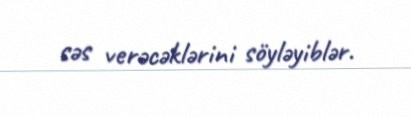
səs verəcəklərini söyləyiblər.